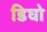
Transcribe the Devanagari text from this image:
डिघो